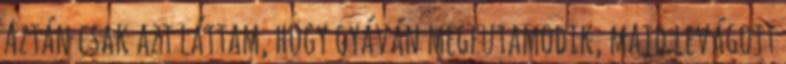
Aztán csak azt láttam, hogy gyáván megfutamodik, majd levágott